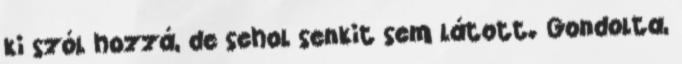
ki szól hozzá, de sehol senkit sem látott. Gondolta,